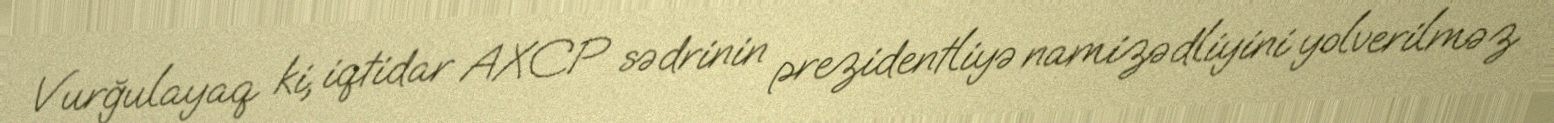
Vurğulayaq ki, iqtidar AXCP sədrinin prezidentliyə namizədliyini yolverilməz